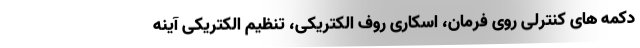
دکمه های کنترلی روی فرمان، اسکاری روف الکتریکی، تنظیم الکتریکی آینه